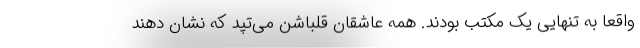
واقعا به تنهایی یک مکتب بودند. همه عاشقان قلباشن می‌تپد که نشان دهند